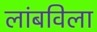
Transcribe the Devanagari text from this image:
लांबविला